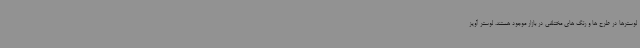
لوسترها در طرح ها و رنگ های مختلفی در بازار موجود هستند. لوستر آویز